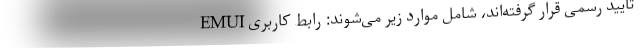
تایید رسمی قرار گرفته‌اند، شامل موارد زیر می‌شوند: رابط کاربری EMUI